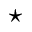
\star